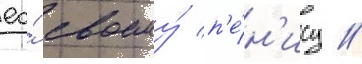
ео́ своему́ п'е́н'ису //